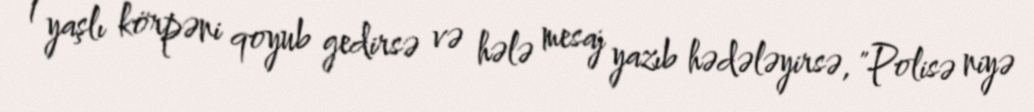
1 yaşlı körpəni qoyub gedirsə və hələ mesaj yazıb hədələyirsə, "Polisə niyə